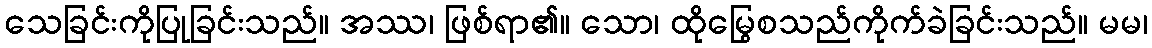
သေခြင်းကိုပြုခြင်းသည်။ အဿ၊ ဖြစ်ရာ၏။ သော၊ ထိုမြွေစသည်ကိုက်ခဲခြင်းသည်။ မမ၊